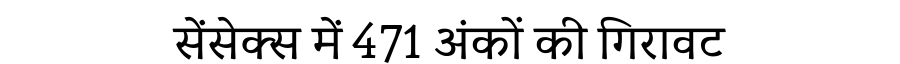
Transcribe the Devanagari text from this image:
सेंसेक्स में 471 अंकों की गिरावट